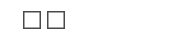
٤١